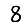
Digit: 8